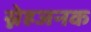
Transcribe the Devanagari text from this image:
स्नेहजनक